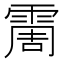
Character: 霌